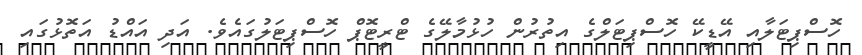
ހޮސްޕިޓަލާއި އޭޑީކޭ ހޮސްޕިޓަލްގެ އިތުރުން ހުޅުމާލޭގެ ޓްރީޓޮޕް ހޮސްޕިޓަލުގައެވެ. އަދި އައްޑު އަތޮޅުގައި